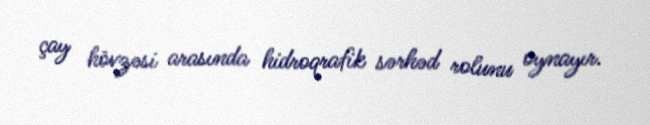
çay hövzəsi arasında hidroqrafik sərhəd rolunu oynayır.